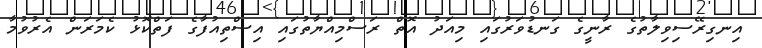
އިނގިރޭސިވިލާތުގެ ރާނީގެ ގަނޑުވަރުގައި މިއަދު އޮތް ރަސްމިއްޔާތުގައި އިސްތިއުފާގެ ފަތްކޮޅު ކެމަރަން އެރުވުމާ